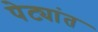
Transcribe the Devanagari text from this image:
पेट्यांत